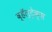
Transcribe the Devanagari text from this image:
व्हॅल्ट्रेक्स